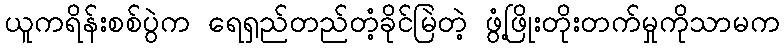
ယူကရိန်းစစ်ပွဲက ရေရှည်တည်တံ့ခိုင်မြဲတဲ့ ဖွံ့ဖြိုးတိုးတက်မှုကိုသာမက